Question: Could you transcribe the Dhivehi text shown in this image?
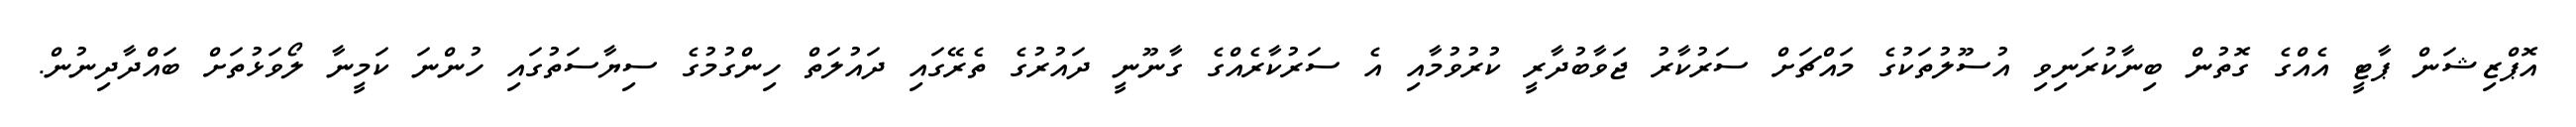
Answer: އޮޕްޒިޝަން ޕާޓީ އެއްގެ ގޮތުން ބިނާކުރަނިވި އުސޫލުތަކުގެ މައްޗަށް ސަރުކާރު ޖަވާބުދާރީ ކުރުވުމާއި އެ ސަރުކާރެއްގެ ގާނޫނީ ދައުރުގެ ތެރޭގައި ދައުލަތް ހިންގުމުގެ ސިޔާސަތުގައި ހުންނަ ކަމީނާ ލޯވަޅުތަށް ބައްދާދިނުން.